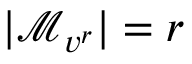
| \mathcal { M } _ { v ^ { r } } | = r